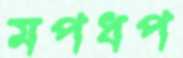
মপধপ